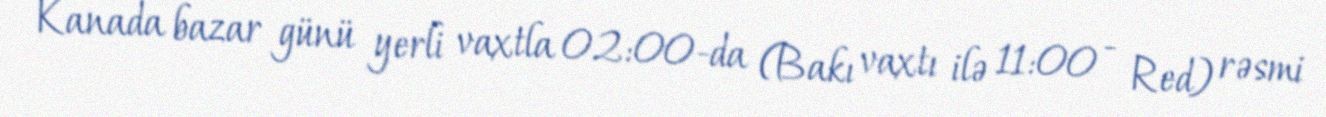
Kanada bazar günü yerli vaxtla 02:00-da (Bakı vaxtı ilə 11:00 - Red) rəsmi